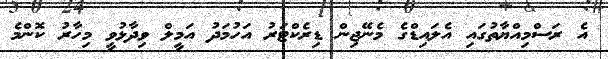
އެ ރަސްމިއްޔާތުގައި އެލައިޑްގެ މެނޭޖިން ޑިރެކްޓަރު އަހުމަދު އަމީލް ވިދާޅުވީ މިހާރު ކޮންމެ